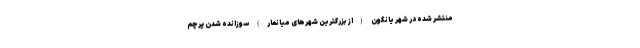
منتشر شده در شهر یانگون (از بزرگترین شهرهای میانمار) سوزانده شدن پرچم